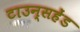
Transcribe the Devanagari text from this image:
टाउन्सहेंड